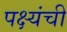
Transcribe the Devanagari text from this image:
पक्ष्यंची